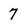
Character: 7